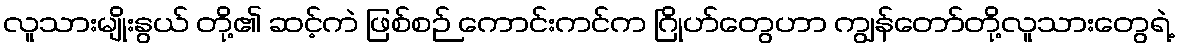
လူသားမျိုးနွယ် တို့၏ ဆင့်ကဲ ဖြစ်စဉ် ကောင်းကင်က ဂြိုဟ်တွေဟာ ကျွန်တော်တို့လူသားတွေရဲ့